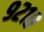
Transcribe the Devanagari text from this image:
९२१०